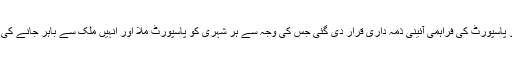
ہر شہری کو پاسپورٹ کی فراہمی آئینی ذمہ داری قرار دی گئی جس کی وجہ سے ہر شہری کو پاسپورٹ ملا اور انہیں ملک سے باہر جانے کی سہولت ملی۔